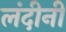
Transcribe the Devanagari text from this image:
लंदीनी